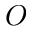
O